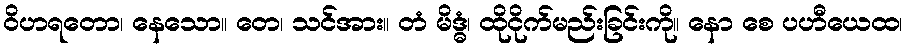
ဝိဟရတော၊ နေသော။ တေ၊ သင်အား။ တံ မိဒ္ဓံ၊ ထိုငိုက်မည်းခြင်းကို။ နော စေ ပဟီယေထ၊